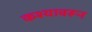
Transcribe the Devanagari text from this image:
कश्यावरून